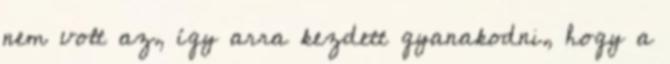
nem volt az, így arra kezdett gyanakodni, hogy a